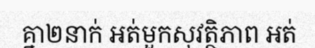
គ្នា២នាក់ អត់មួកសុវត្ថិភាព អត់